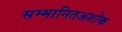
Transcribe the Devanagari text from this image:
सम्मानितअशोक